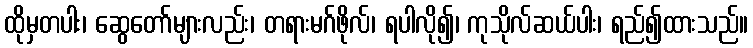
ထိုမှတပါး၊ ဆွေတော်များလည်း၊ တရားမဂ်ဖိုလ်၊ ရပါလို၍၊ ကုသိုလ်ဆယ်ပါး၊ ရည်၍ထားသည်။